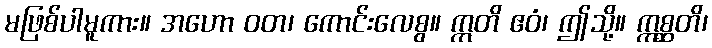
မဖြစ်ပါမူကား။ အဟော ဝတ၊ ကောင်းလေစွ။ ဣတိ ဧဝံ၊ ဤသို့။ ဣစ္ဆတိ၊